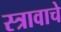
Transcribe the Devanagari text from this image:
स्त्रावाचे